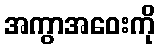
အကွာအဝေးကို